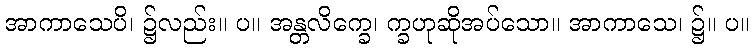
အာကာသေပိ၊ ၌လည်း။ ပ။ အန္တလိက္ခေ၊ က္ခဟုဆိုအပ်သော။ အာကာသေ၊ ၌။ ပ။